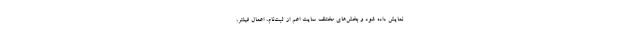
نمایش داده شود و بخش‌های مختلف سایت اعم از ثبت‌نام، اعمال فیلتر،